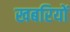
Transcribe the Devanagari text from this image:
खबरियों